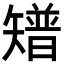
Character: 𥐅